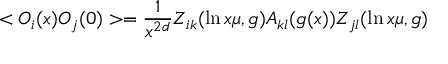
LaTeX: < { \cal O } _ { i } ( x ) { \cal O } _ { j } ( 0 ) > = { \frac { 1 } { x ^ { 2 d } } } Z _ { i k } ( \ln x \mu , g ) A _ { k l } ( g ( x ) ) Z _ { j l } ( \ln x \mu , g )